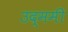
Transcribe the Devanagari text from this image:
उद्ममी